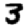
Digit: 3